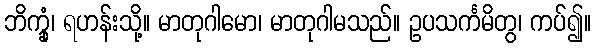
ဘိက္ခုံ၊ ရဟန်းသို့။ မာတုဂါမော၊ မာတုဂါမသည်။ ဥပသင်္ကမိတွ၊ ကပ်၍။